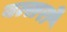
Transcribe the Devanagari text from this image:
वत्सरो